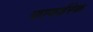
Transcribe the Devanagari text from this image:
फायर्डरेक